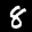
Label: 8